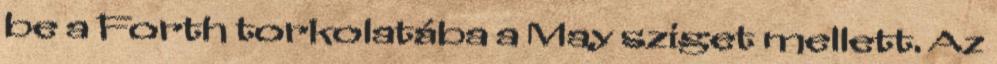
be a Forth torkolatába a May sziget mellett. Az